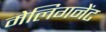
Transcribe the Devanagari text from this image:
मेलिगनेंट